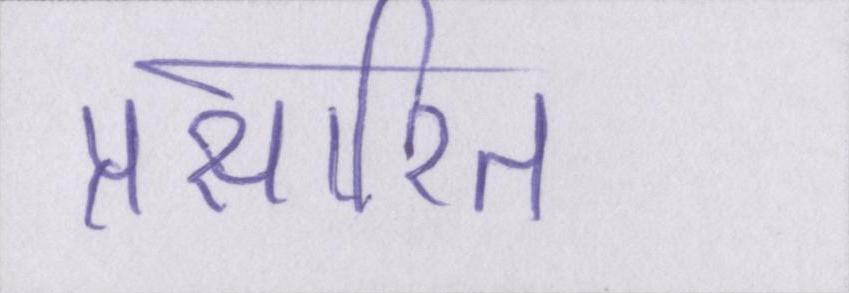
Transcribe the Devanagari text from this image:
प्रसारित